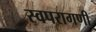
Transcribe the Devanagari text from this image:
स्वपरागणी